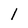
Character: l